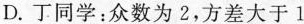
D.丁同学：众数为2，方差大于1